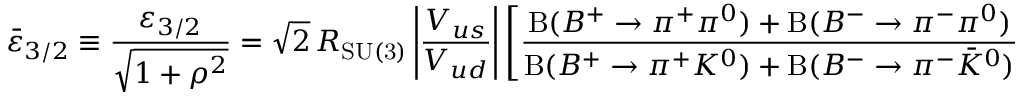
\bar { \varepsilon } _ { 3 / 2 } \equiv \frac { \varepsilon _ { 3 / 2 } } { \sqrt { 1 + \rho ^ { 2 } } } = \sqrt 2 \, R _ { \mathrm { S U ( 3 ) } } \left| \frac { V _ { u s } } { V _ { u d } } \right| \left[ \frac { \mathrm { B } ( B ^ { + } \to \pi ^ { + } \pi ^ { 0 } ) + \mathrm { B } ( B ^ { - } \to \pi ^ { - } \pi ^ { 0 } ) } { \mathrm { B } ( B ^ { + } \to \pi ^ { + } K ^ { 0 } ) + \mathrm { B } ( B ^ { - } \to \pi ^ { - } \bar { K } ^ { 0 } ) } \right] ^ { 1 / 2 } .